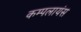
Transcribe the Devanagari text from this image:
कम्पलायंस